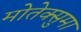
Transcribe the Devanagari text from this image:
मोतेक्सुमा